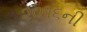
૨૦૧૬ની